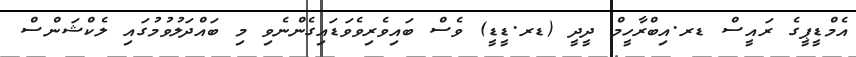
އެމްޑީޕީގެ ރައީސް ޑރ.އިބްރާހީމް ދީދީ (ޑރ.ޑީޑީ) ވެސް ބައިވެރިވެވަޑައިގެންނެވި މި ބައްދަލުވުމުގައި ލެކްޝަންސް